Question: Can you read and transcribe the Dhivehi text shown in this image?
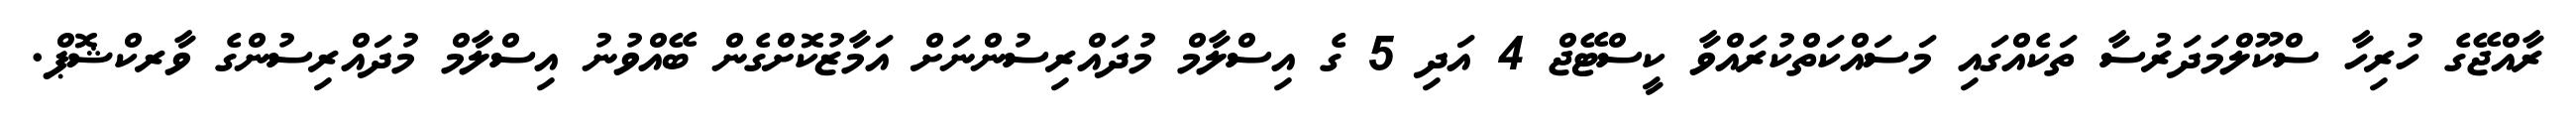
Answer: ރާއްޖޭގެ ހުރިހާ ސްކޫލްމަދަރުސާ ތަކެއްގައި މަސައްކަތްކުރައްވާ ކީސްޓޭޖް 4 އަދި 5 ގެ އިސްލާމް މުދައްރިސުންނަށް އަމާޒުކޮށްގެން ބޭއްވުނު އިސްލާމް މުދައްރިސުންގެ ވާރކްޝޮޕް.